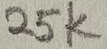
Text: 25K